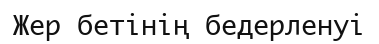
Жер бетінің бедерленуі